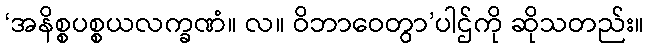
‘အနိစ္စပစ္စယလက္ခဏံ။ လ။ ဝိဘာဝေတွာ’ပါဌ်ကို ဆိုသတည်း။